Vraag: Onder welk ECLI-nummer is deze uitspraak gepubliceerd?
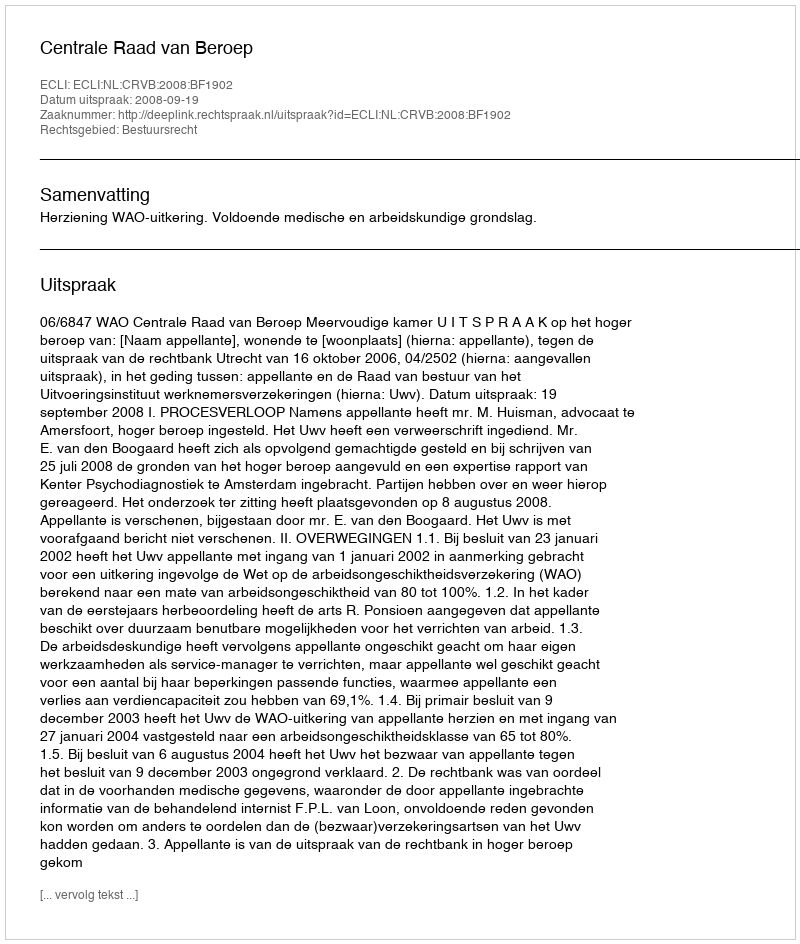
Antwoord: ECLI:NL:CRVB:2008:BF1902